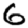
Digit: 6